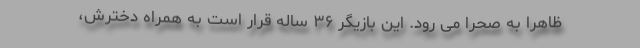
ظاهرا به صحرا می رود. این بازیگر ۳۶ ساله قرار است به همراه دخترش،